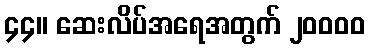
၄၄။ ဆေးလိပ်အရေအတွက် ၂၀၀၀၀